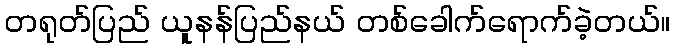
တရုတ်ပြည် ယူနန်ပြည်နယ် တစ်ခေါက်ရောက်ခဲ့တယ်။